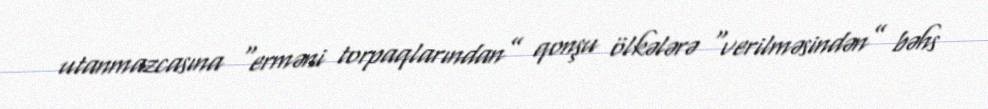
utanmazcasına “erməni torpaqlarından” qonşu ölkələrə “verilməsindən” bəhs